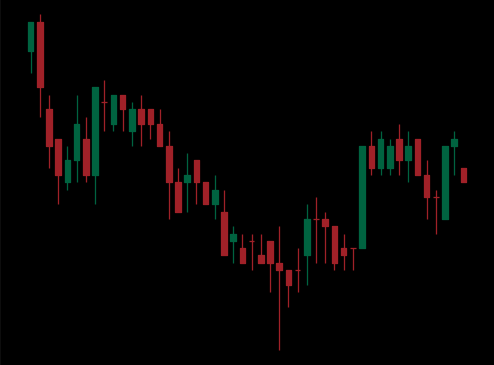
Pattern: inverse_head_shoulders